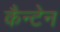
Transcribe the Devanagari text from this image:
कैन्टेन